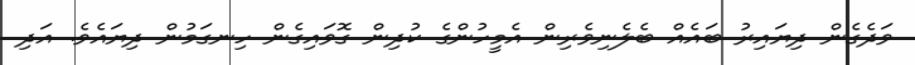
ވަދެގެން ދިޔައިރު ބައެއް ބެލެނިވެރިން އެމީހުންގެ ކުދިން ގޮވައިގެން ހިނގަމުން ދިޔައެވެ. އަދި